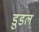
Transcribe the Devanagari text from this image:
डुडल